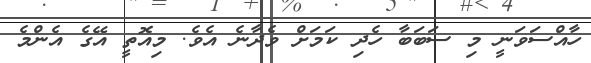
ހާއްސަވަނީ މި ސަބަބާ ހެދި ކަމަށް ވެދާނެ އެވެ. މިއޮތީ އޭގެ އެންމެ